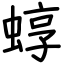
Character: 蜳